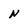
Character: N